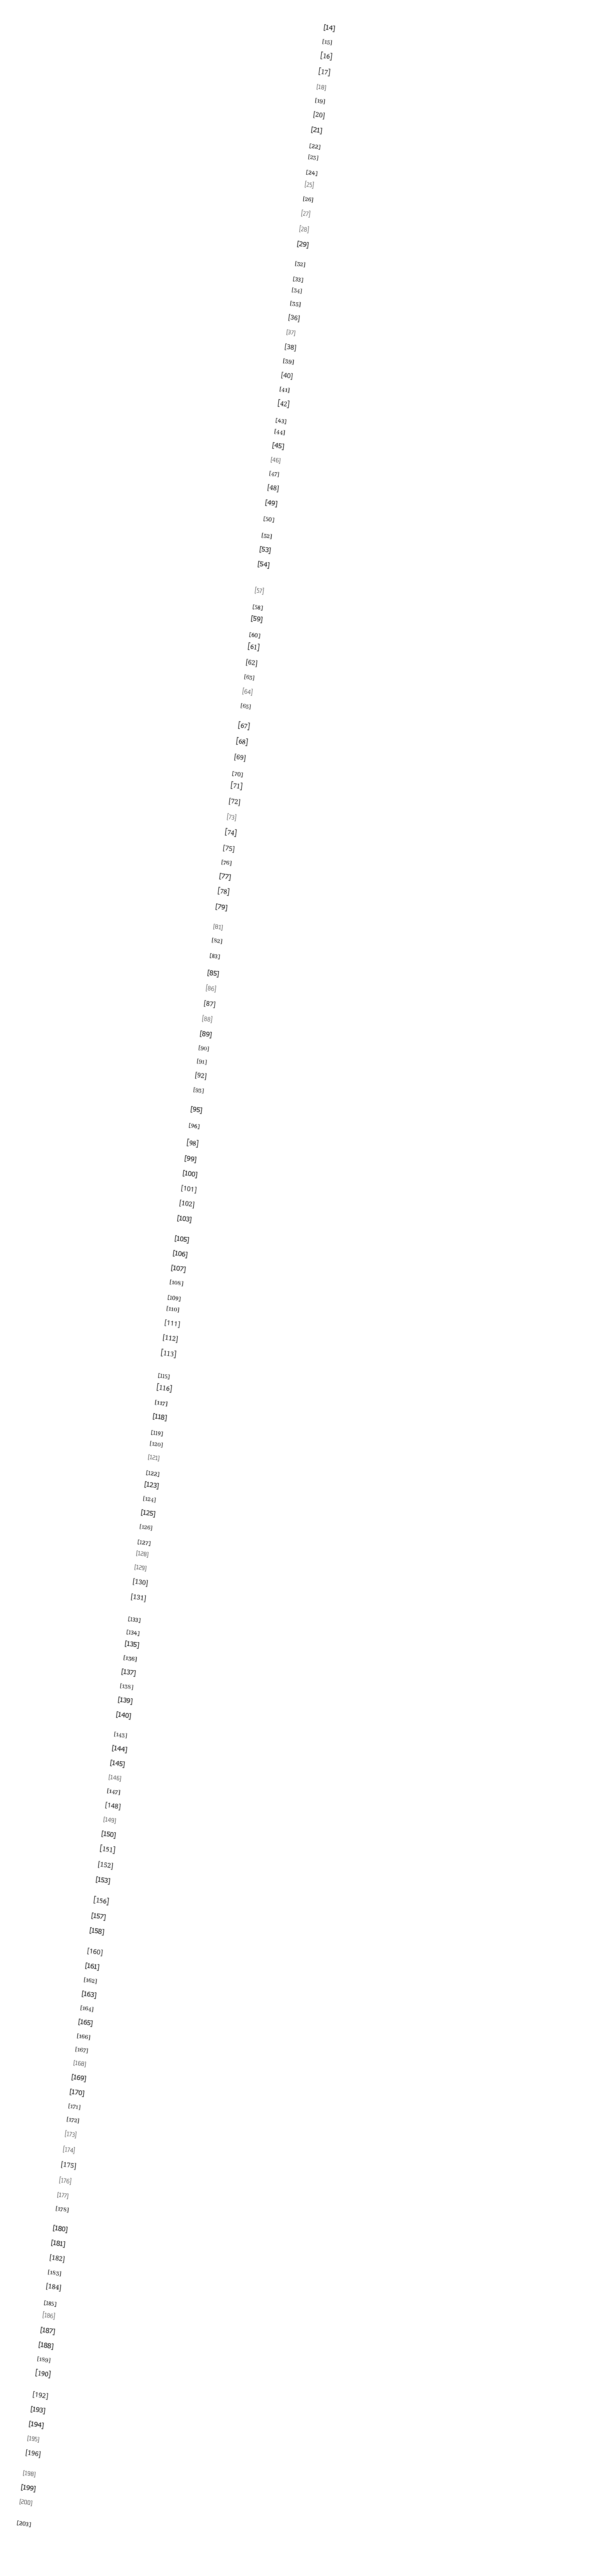
[14]
	[15]
	[16]
	[17]
	[18]
	[19]
	[20]
	[21]
	[22]
	[23]
	[24]
	[25]
	[26]
	[27]
	[28]
        [29]

	[32]
	[33]
	[34]
	[35]
	[36]
	[37]
	[38]
	[39]
	[40]
	[41]
	[42]
	[43]
	[44]
	[45]
	[46]
	[47]
	[48]
	[49]
	[50]

	[52]
	[53]
	[54]

	[57]
	[58]
	[59]
	[60]
	[61]
	[62]
	[63]
	[64]
	[65]

	[67]
	[68]
	[69]
	[70]
	[71]
	[72]
	[73]
	[74]
	[75]
	[76]
	[77]
	[78]
	[79]

	[81]
	[82]
	[83]

	[85]
	[86]
	[87]
	[88]
	[89]
	[90]
	[91]
	[92]
	[93]

	[95]
	[96]

	[98]
	[99]
	[100]
	[101]
	[102]
	[103]

	[105]
	[106]
	[107]
	[108]
	[109]
	[110]
	[111]
	[112]
	[113]

	[115]
	[116]
	[117]
	[118]
	[119]
	[120]
	[121]
	[122]
	[123]
	[124]
	[125]
	[126]
	[127]
	[128]
	[129]
	[130]
	[131]

	[133]
	[134]
	[135]
	[136]
	[137]
	[138]
	[139]
	[140]

	[143]
	[144]
	[145]
	[146]
	[147]
	[148]
	[149]
	[150]
	[151]
	[152]
	[153]

	[156]
	[157]
	[158]

	[160]
	[161]
	[162]
	[163]
	[164]
	[165]
	[166]
	[167]
	[168]
	[169]
	[170]
	[171]
	[172]
	[173]
	[174]
	[175]
	[176]
	[177]
	[178]

	[180]
	[181]
	[182]
	[183]
	[184]
	[185]
	[186]
	[187]
	[188]
	[189]
	[190]

	[192]
	[193]
	[194]
	[195]
	[196]

	[198]
	[199]
	[200]

	[203]